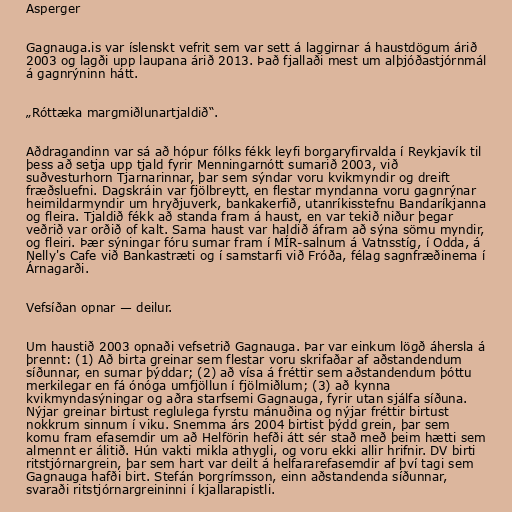
Asperger

Gagnauga.is var íslenskt vefrit sem var sett á laggirnar á haustdögum árið
2003 og lagði upp laupana árið 2013. Það fjallaði mest um alþjóðastjórnmál
á gagnrýninn hátt.

„Róttæka margmiðlunartjaldið“.

Aðdragandinn var sá að hópur fólks fékk leyfi borgaryfirvalda í Reykjavík til
þess að setja upp tjald fyrir Menningarnótt sumarið 2003, við
suðvesturhorn Tjarnarinnar, þar sem sýndar voru kvikmyndir og dreift
fræðsluefni. Dagskráin var fjölbreytt, en flestar myndanna voru gagnrýnar
heimildarmyndir um hryðjuverk, bankakerfið, utanríkisstefnu Bandaríkjanna
og fleira. Tjaldið fékk að standa fram á haust, en var tekið niður þegar
veðrið var orðið of kalt. Sama haust var haldið áfram að sýna sömu myndir,
og fleiri. Þær sýningar fóru sumar fram í MÍR-salnum á Vatnsstíg, í Odda, á
Nelly's Cafe við Bankastræti og í samstarfi við Fróða, félag sagnfræðinema í
Árnagarði.

Vefsíðan opnar — deilur.

Um haustið 2003 opnaði vefsetrið Gagnauga. Þar var einkum lögð áhersla á
þrennt: (1) Að birta greinar sem flestar voru skrifaðar af aðstandendum
síðunnar, en sumar þýddar; (2) að vísa á fréttir sem aðstandendum þóttu
merkilegar en fá ónóga umfjöllun í fjölmiðlum; (3) að kynna
kvikmyndasýningar og aðra starfsemi Gagnauga, fyrir utan sjálfa síðuna.
Nýjar greinar birtust reglulega fyrstu mánuðina og nýjar fréttir birtust
nokkrum sinnum í viku. Snemma árs 2004 birtist þýdd grein, þar sem
komu fram efasemdir um að Helförin hefði átt sér stað með þeim hætti sem
almennt er álitið. Hún vakti mikla athygli, og voru ekki allir hrifnir. DV birti
ritstjórnargrein, þar sem hart var deilt á helfararefasemdir af því tagi sem
Gagnauga hafði birt. Stefán Þorgrímsson, einn aðstandenda síðunnar,
svaraði ritstjórnargreininni í kjallarapistli.